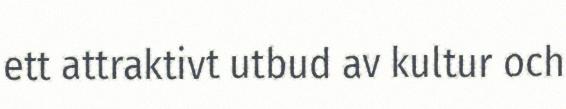
ett attraktivt utbud av kultur och